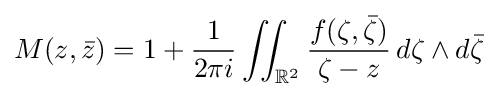
M(z,{\bar {z}})=1+{\frac {1}{2\pi i}}\iint _{\mathbb {R} ^{2}}{\frac {f(\zeta ,{\bar {\zeta }})}{\zeta -z}}\,d\zeta \wedge d{\bar {\zeta }}